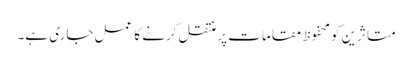
متاثرین کو محفوظ مقامات پر منتقل کرنے کا عمل جاری ہے۔